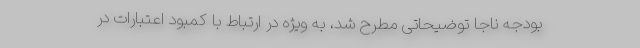
بودجه ناجا توضیحاتی مطرح شد، به ویژه در ارتباط با کمبود اعتبارات در